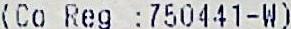
(CO REG :750441-W)